Report of the Hyderabad Chloroform Commission
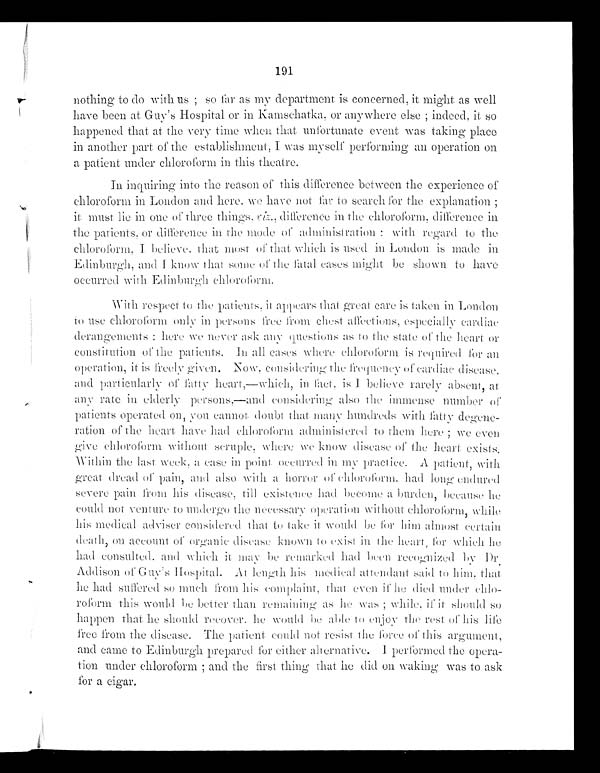
191
nothing to do with us ; so far as my department is concerned, it might as well
have been at. Guy's Hospital or in Kamschatka. or anywhere else ; indeed, it so
happened that at. the very time when, that unfortunate event was taking place
in another part of the establishment, I was myself performing an operation on
a patient under chloroform in this theatre.
In inquiring into the reason of this dif ference between the experience of
chloroform in London and here. we have not far to search for the explanation ;
it must lie in one of three things, riz., difference in the chloroform, difference in
the patients, or difference in the mode of administration : with regard to the
chloroform, I believe, that most of that which is used in London is made in
Edinburgh, and I know that some of the fatal eases might be shown
to have
occurred with Edinburgh chloroform.
With respect to the patients, it appears that great care is taken in London
to use chloroform only in persons free from chest affections, especially cardiac
derangements : here we never ask any questions as to the state of the heart or
constitution or the patients. In all cases where chloroform is required for an
operation, it is freely given. Now, considering the frequency of cardiac disease.
and particularly of fatly heart,—which, in fact, is I believe rarely absent, at
any rate in elderly persons,—and considering also the immense number of
patients operated on, you cannot doubt that many hundreds with fatty degene
-ration of the heart have had chloroform administered to them here ; we even
give chloroform without scruple, where we know disease of the heart exists.
within the last week, a case in point occurred in my practice. A patient, with
great dread of pain, and also with a horror of chloroform. had long endured
severe pain from his disease, till existence had become a burden, because he
could not Venture to undergo the necessary operation w ithout chloroform, while
his medical adviser considered that to take it would be for him almost certain
death on account of disease known to exist in the heart, for which he
had consulted. and which it may he remarked had been recognized by Dr.
Addison of Guy's Hospital. At length his medical attendant said to him, that
he had suffered so much from his complaint, that even if he died under chlo
-roform this would be better than remaining as he was ; while, if it should so
happen that he should recover. he would b e able to enjoy the rest of his life
free from the disease. the patient. could not resist the force of this argument,
and came to Edinburgh prepared for either alternative. I performed the opera
-tion under chloroform ; and the first thing that he did on waking was to ask
for a cigar.